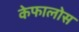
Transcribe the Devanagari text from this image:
केफालोस